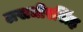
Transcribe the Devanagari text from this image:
लखधीरसिंह